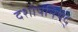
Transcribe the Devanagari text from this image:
दशोपनिषद्